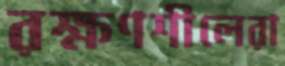
রক্ষণশীলেরা